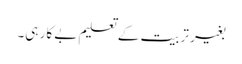
بغیر تربیت کے تعلیم بے کار ہی۔